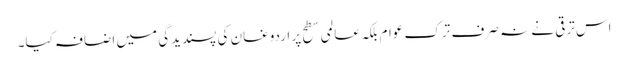
اس ترقی نے نہ صرف ترک عوام بلکہ عالمی سطح پر اردوغان کی پسندیدگی میں اضافہ کیا۔